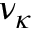
\nu _ { \kappa }